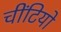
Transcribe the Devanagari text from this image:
चींटियो